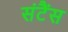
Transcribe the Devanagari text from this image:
संटैंस